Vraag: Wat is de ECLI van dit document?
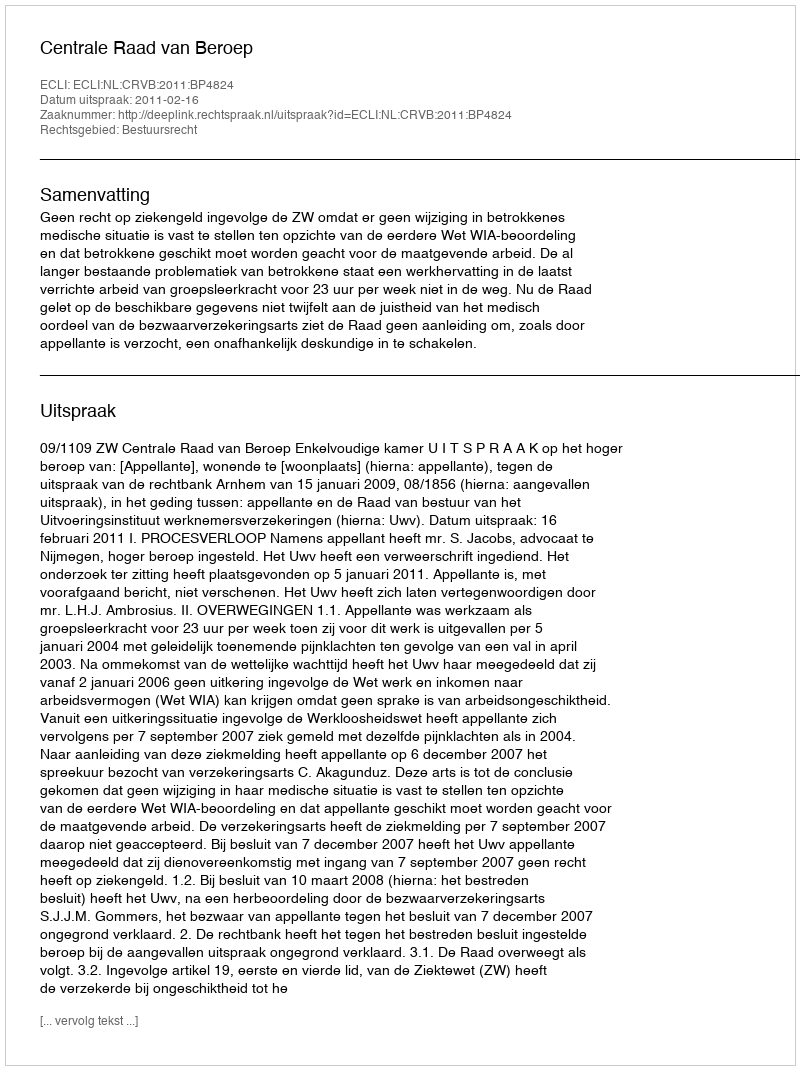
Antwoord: ECLI:NL:CRVB:2011:BP4824